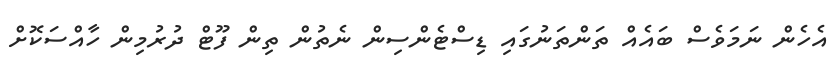
އެެހެން ނަމަވެސް ބައެއް ތަންތަނުގައި ޑިސްޓެންސިން ނެތުން ތިން ފޫޓް ދުރުމިން ހާއްސަކޮށް